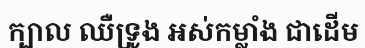
ក្បាល ឈឺទ្រូង អស់កម្លាំង ជាដើម